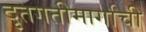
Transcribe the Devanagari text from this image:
दृतगतीमार्गाची